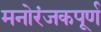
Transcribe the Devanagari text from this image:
मनोरंजकपूर्ण